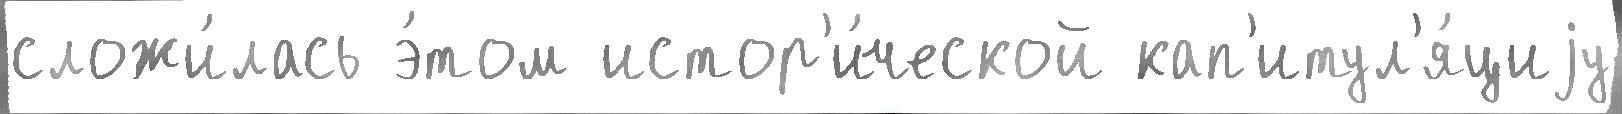
сложи́лась э́том истор'и́ческой кап'итул'я́циjу